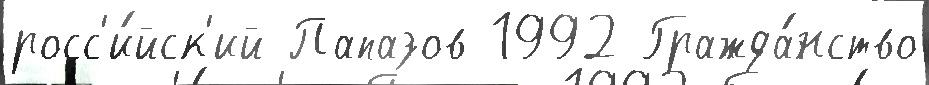
росс'и́йск'ий Папазов 1992 Гражда́нство